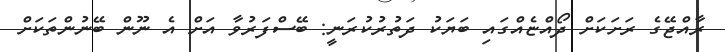
ރާއްޖޭގެ ރަށަކަށް ދޯއްޏެއްގައި ބަޔަކު ދަތުރުކުރަނީ: ބޭސްފަރުވާ އަށް އެ ނޫން ބޭނުންތަކަށް